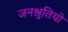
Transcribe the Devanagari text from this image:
जनश्रुतियो